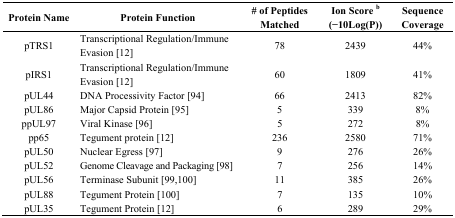
| Protein Name | Protein Function | # of Peptides Matched | Ion Score b (−10Log(P)) | Sequence Coverage |
 | --- | --- | --- | --- | --- |
 | pTRS1 | Transcriptional Regulation/Immune Evasion [12] | 78 | 2439 | 44% |
 | pIRS1 | Transcriptional Regulation/Immune Evasion [12] | 60 | 1809 | 41% |
 | pUL44 | DNA Processivity Factor [94] | 66 | 2413 | 82% |
 | pUL86 | Major Capsid Protein [95] | 5 | 339 | 8% |
 | ppUL97 | Viral Kinase [96] | 5 | 272 | 8% |
 | pp65 | Tegument protein [12] | 236 | 2580 | 71% |
 | pUL50 | Nuclear Egress [97] | 9 | 276 | 26% |
 | pUL52 | Genome Cleavage and Packaging [98] | 7 | 256 | 14% |
 | pUL56 | Terminase Subunit [99,100] | 11 | 385 | 26% |
 | pUL88 | Tegument Protein [100] | 7 | 135 | 10% |
 | pUL35 | Tegument Protein [12] | 6 | 289 | 29% |